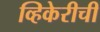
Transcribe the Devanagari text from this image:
व्हिकेरीची